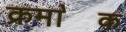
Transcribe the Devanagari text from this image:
क्रमा॓क